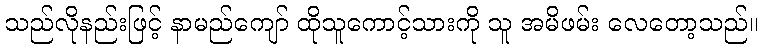
သည်လိုနည်းဖြင့် နာမည်ကျော် ထိုသူကောင့်သားကို သူ အမိဖမ်း လေတော့သည်။